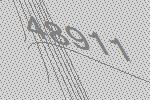
48911